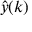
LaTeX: { \hat { y } } ( k )